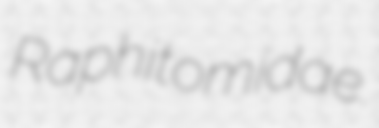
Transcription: Raphitomidae.